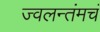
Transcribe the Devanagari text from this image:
ज्वलन्तंमचं